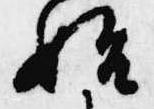
始